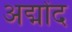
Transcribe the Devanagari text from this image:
अद्मोंद